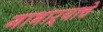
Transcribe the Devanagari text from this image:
गाभाऱ्याचे